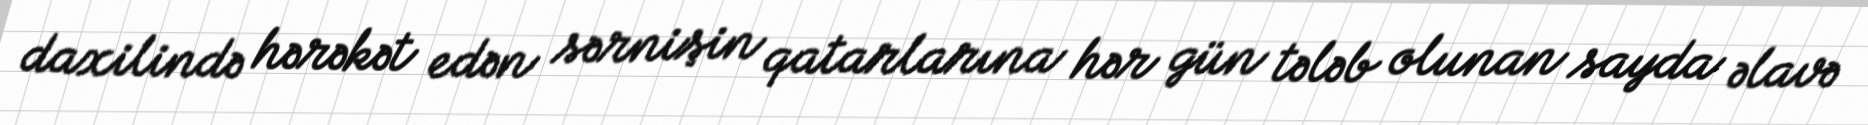
daxilində hərəkət edən sərnişin qatarlarına hər gün tələb olunan sayda əlavə